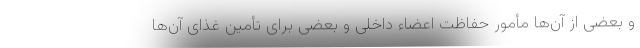
و بعضی از آن‌ها مأمور حفاظت اعضاء داخلی و بعضی برای تأمین غذای آن‌ها